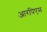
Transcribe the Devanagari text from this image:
आरपिएम